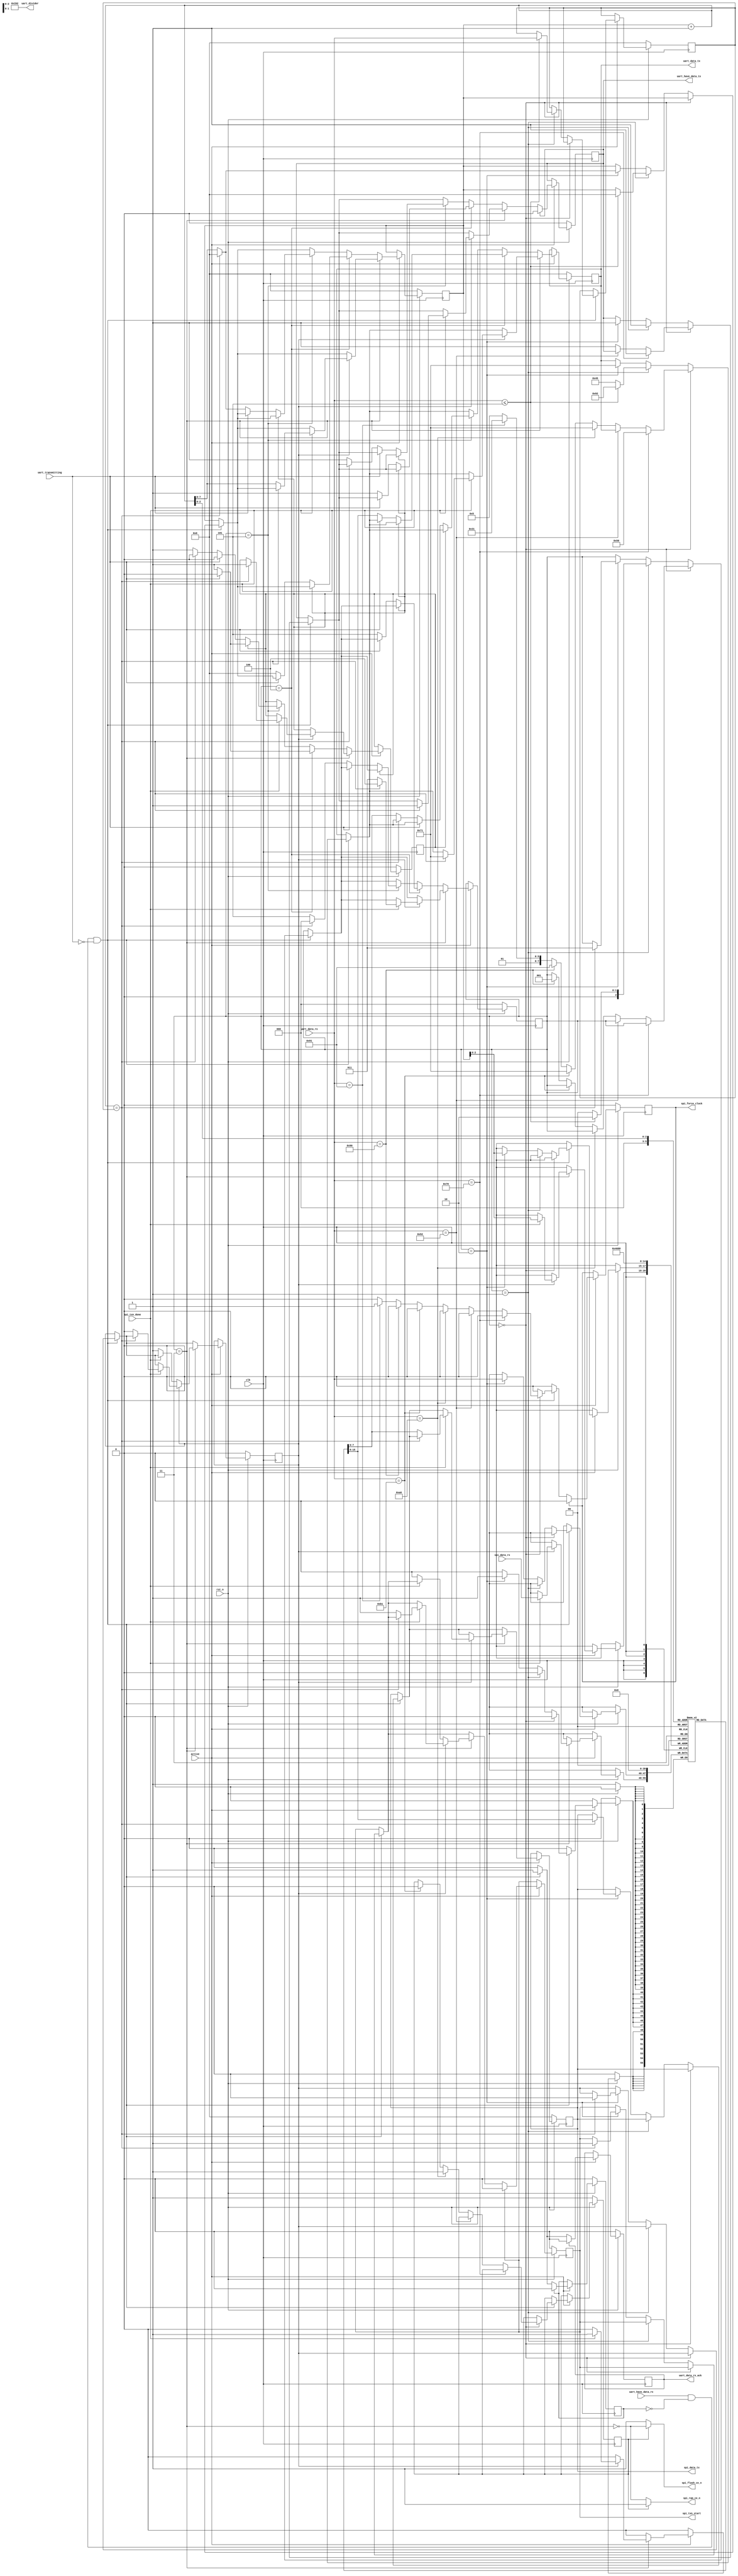
`default_nettype none

// note how COMMAND_PING is ASCII 'p' and COMMAND_RESET is ASCII 'R'

`define COMMAND_PING 8'h70
`define COMMAND_RESET 8'h52
`define COMMAND_TRANSMIT 8'h90
`define COMMAND_TARGET_FLASH 8'hA0
`define COMMAND_TARGET_RAM 8'hB1
`define COMMAND_FORCE_CLOCK 8'h91

`define RESPONSE_PONG 8'h50
`define RESPONSE_OK 8'h71
`define RESPONSE_ERROR 8'h45
`define RESPONSE_TRANSMIT_READY_FOR_COUNT 8'h91
`define RESPONSE_TRANSMIT_READY_FOR_DATA 8'h92

`define STATE_COMMAND 3'h0
`define STATE_TRANSMIT_WAIT_FOR_COUNT 3'h1
`define STATE_TRANSMIT_WAIT_FOR_DATA 3'h2
`define STATE_TRANSMIT_WAIT_FOR_SPI 3'h3
`define STATE_TRANSMIT_OUTPUT_RESULT_OK 3'h4
`define STATE_TRANSMIT_OUTPUT_RESULT_DATA 3'h5

`define BUFFER_SIZE 5

module bootloader(
	input wire clk,
	input wire rst_n,

	input wire active,

	output reg [7:0] spi_data_tx,
	input wire [7:0] spi_data_rx,
	output reg spi_txn_start,
	input wire spi_txn_done,
	output reg spi_force_clock,

	output wire spi_flash_ce_n,
	output wire spi_ram_ce_n,

	output wire [11:0] uart_divider,

	output reg [7:0] uart_data_tx,
	output reg uart_have_data_tx,
	input wire uart_transmitting,

	input wire [7:0] uart_data_rx,
	input wire uart_have_data_rx,
	output reg uart_data_rx_ack
);

	// TODO: lol xd
	assign uart_divider = 434; // 115200 baud @ 50 MHz system clock

	reg [2:0] state;
	reg [7:0] transmit_index;
	reg [7:0] transmit_count;

	reg target_flash;
	reg transmitting;

	reg [7:0] transmit_buffer [0:(`BUFFER_SIZE-1)];

	reg just_handled_rx;
	reg spi_started;
	reg uart_tx_started;

	wire spi_ce = (state == `STATE_TRANSMIT_WAIT_FOR_SPI);
	wire spi_ce_n = ~spi_ce;
	assign spi_flash_ce_n = target_flash ? spi_ce_n : 1'b1;
	assign spi_ram_ce_n = target_flash ? 1'b1 : spi_ce_n;

	always @(posedge clk) begin
		if (!rst_n) begin
			spi_data_tx <= 8'h00;
			spi_txn_start <= 1'b0;
			spi_force_clock <= 1'b0;

			target_flash <= 1'b1;
			transmitting <= 1'b0;

			uart_data_tx <= 8'h00;
			uart_have_data_tx <= 1'b0;
			uart_data_rx_ack <= 1'b0;

			state <= `STATE_COMMAND;
			transmit_index <= 8'h00;
			transmit_count <= 8'h00;
			just_handled_rx <= 1'b0;
			spi_started <= 1'b0;
			uart_tx_started <= 1'b0;

			// TODO: make this into a loop lol
			transmit_buffer[0] <= 8'h00;
			transmit_buffer[1] <= 8'h00;
			transmit_buffer[2] <= 8'h00;
			transmit_buffer[3] <= 8'h00;
			transmit_buffer[4] <= 8'h00;
		end else if (active) begin
			if (uart_have_data_rx && !just_handled_rx && !uart_transmitting) begin
				uart_data_rx_ack <= 1'b1;
				just_handled_rx <= 1'b1;

				if (state == `STATE_COMMAND) begin
					if (uart_data_rx == `COMMAND_PING) begin
						uart_data_tx <= `RESPONSE_PONG;
						uart_have_data_tx <= 1'b1;
					end else if (uart_data_rx == `COMMAND_RESET) begin
						// TODO: what do
					end else if (uart_data_rx == `COMMAND_TARGET_FLASH) begin
						target_flash <= 1'b1;

						uart_data_tx <= `RESPONSE_OK;
						uart_have_data_tx <= 1'b1;
					end else if (uart_data_rx == `COMMAND_TARGET_RAM) begin
						target_flash <= 1'b0;

						uart_data_tx <= `RESPONSE_OK;
						uart_have_data_tx <= 1'b1;
					end else if (uart_data_rx == `COMMAND_TRANSMIT) begin
						state <= `STATE_TRANSMIT_WAIT_FOR_COUNT;

						uart_data_tx <= `RESPONSE_TRANSMIT_READY_FOR_COUNT;
						uart_have_data_tx <= 1'b1;
					end else if (uart_data_rx == `COMMAND_FORCE_CLOCK) begin
						spi_force_clock <= 1'b1;

						uart_data_tx <= `RESPONSE_OK;
						uart_have_data_tx <= 1'b1;
					end else begin
						uart_data_tx <= `RESPONSE_ERROR;
						uart_have_data_tx <= 1'b1;
					end
				end else if (state == `STATE_TRANSMIT_WAIT_FOR_COUNT) begin
					if (uart_data_rx <= `BUFFER_SIZE) begin
						transmit_index <= 8'h00;
						transmit_count <= uart_data_rx;
						state <= `STATE_TRANSMIT_WAIT_FOR_DATA;

						uart_data_tx <= `RESPONSE_TRANSMIT_READY_FOR_DATA;
						uart_have_data_tx <= 1'b1;
					end else begin
						state <= `STATE_COMMAND;

						uart_data_tx <= `RESPONSE_ERROR;
						uart_have_data_tx <= 1'b1;
					end
				end else if (state == `STATE_TRANSMIT_WAIT_FOR_DATA) begin
					transmit_buffer[transmit_index] <= uart_data_rx;
					transmit_index <= transmit_index + 1;

					uart_data_tx <= `RESPONSE_OK;
					uart_have_data_tx <= 1'b1;

					if ((transmit_index + 1) == transmit_count) begin
						state <= `STATE_TRANSMIT_WAIT_FOR_SPI;
						transmit_index <= 0;

						spi_data_tx <= transmit_buffer[0];
						spi_txn_start <= 1'b1;
						spi_started <= 1'b0;
					end
				end
			end

			if (state == `STATE_TRANSMIT_WAIT_FOR_SPI) begin
				if (spi_started) begin
					if (spi_txn_done) begin
						transmit_buffer[transmit_index] <= spi_data_rx;

						// uart_data_tx <= spi_data_rx;
						// uart_have_data_tx <= 1'b1;

						if ((transmit_index + 1) == transmit_count) begin
							// that was the last byte, we're done
							// TODO: tell computer response data
							state <= `STATE_TRANSMIT_OUTPUT_RESULT_OK;

							uart_data_tx <= `RESPONSE_OK;
							uart_have_data_tx <= 1'b1;
							uart_tx_started <= 1'b1;
						end else begin
							// still have more bytes to transmit
							state <= `STATE_TRANSMIT_WAIT_FOR_SPI;

							spi_data_tx <= transmit_buffer[transmit_index + 1];
							transmit_index <= transmit_index + 1;
							spi_txn_start <= 1'b1;
							spi_started <= 1'b0;
						end
					end
				end else begin
					if (!spi_txn_done) begin
						spi_txn_start <= 1'b0;
						spi_started <= 1'b1;
					end
				end
			end else if (state == `STATE_TRANSMIT_OUTPUT_RESULT_OK) begin
				if (uart_tx_started) begin
					if (uart_transmitting) begin
						uart_tx_started <= 1'b0;
					end
				end else begin
					if (!uart_transmitting) begin
						// still have more bytes to transmit
						state <= `STATE_TRANSMIT_OUTPUT_RESULT_DATA;
						transmit_index <= 0;

						uart_data_tx <= transmit_buffer[0];
						uart_have_data_tx <= 1'b1;
						uart_tx_started <= 1'b1;
					end
				end
			end else if (state == `STATE_TRANSMIT_OUTPUT_RESULT_DATA) begin
				if (uart_tx_started) begin
					if (uart_transmitting) begin
						uart_tx_started <= 1'b0;
					end
				end else begin
					if (!uart_transmitting) begin
						if ((transmit_index + 1) == transmit_count) begin
							// that was the last byte, we're done
							state <= `STATE_COMMAND;
							transmit_index <= 0;
						end else begin
							// still have more bytes to transmit
							state <= `STATE_TRANSMIT_OUTPUT_RESULT_DATA;
							transmit_index <= transmit_index + 1;

							uart_data_tx <= transmit_buffer[transmit_index + 1];
							uart_have_data_tx <= 1'b1;
							uart_tx_started <= 1'b1;
						end
					end
				end
			end

			if (just_handled_rx) begin
				just_handled_rx <= 1'b0;
			end

			if (spi_txn_start) begin
				spi_txn_start <= 1'b0;
			end

			if (spi_force_clock) begin
				spi_force_clock <= 1'b0;
			end

			if (uart_data_rx_ack) begin
				uart_data_rx_ack <= 1'b0;
			end

			if (uart_have_data_tx) begin
				uart_have_data_tx <= 1'b0;
			end
		end
	end

endmodule